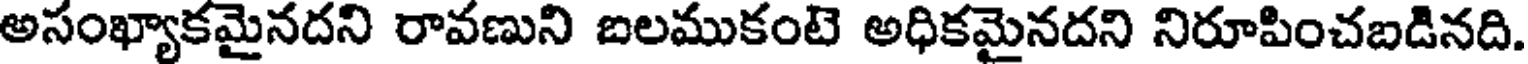
అసంఖ్యాకమైనదని రావణుని బలముకంటె అధికమైనదని నిరూపించబడినది.